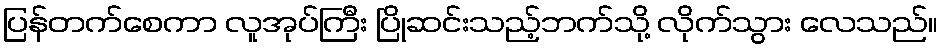
ပြန်တက်စေကာ လူအုပ်ကြီး ပြိုဆင်းသည့်ဘက်သို့ လိုက်သွား လေသည်။